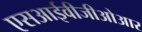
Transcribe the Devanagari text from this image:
एसआईवीजीओआर